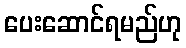
ပေးဆောင်ရမည်ဟု